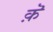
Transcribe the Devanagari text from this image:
क़ॆ